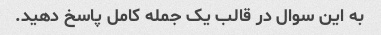
به این سوال در قالب یک جمله کامل پاسخ دهید.